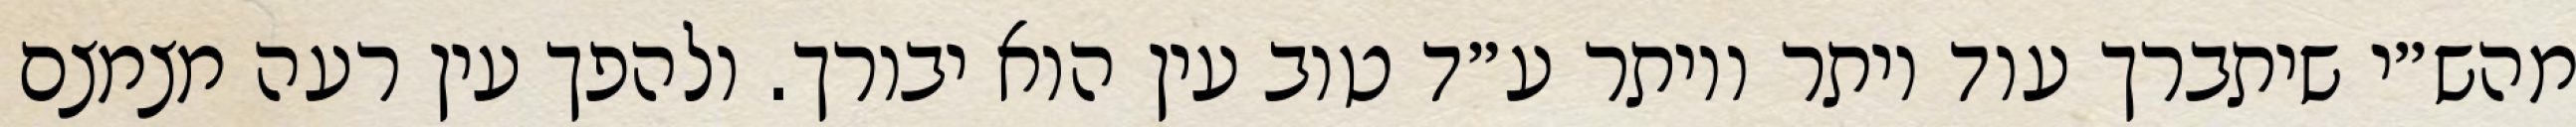
מהש״י שיתברך עוד יותר ויותר ע״ד טוב עין הוא יבורך. ולהפך עין רעה מצמצם